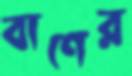
বাণের